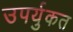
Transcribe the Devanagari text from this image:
उपर्युकत